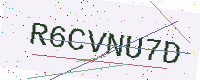
Text: R6CVNU7D